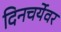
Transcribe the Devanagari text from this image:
दिनचर्येवर